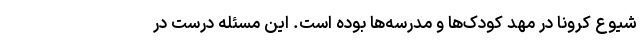
شیوع کرونا در مهد کودک‌ها و مدرسه‌ها بوده است. این مسئله درست در